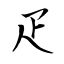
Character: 疋